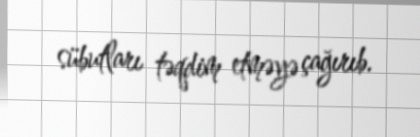
sübutları təqdim etməyə çağırıb.